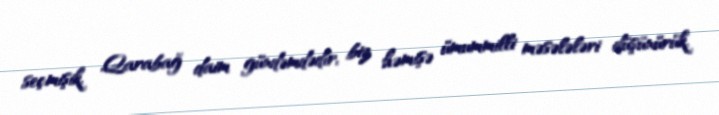
seçmişik, Qarabağ daim gündəmdədir, biz həmişə ümummilli məsələləri düşünürük,